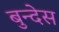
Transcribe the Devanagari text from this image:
बुन्देस